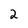
Character: 2